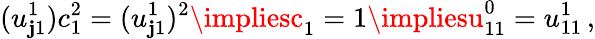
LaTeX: (u_{\mathbf{j}1}^{1})c_{1}^{2}=(u_{\mathbf{j}1}^{1})^{2}\impliesc_{1}=1\impliesu_{11}^{0}=u_{11}^{1}\, ,